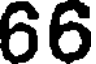
66